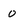
Character: 0